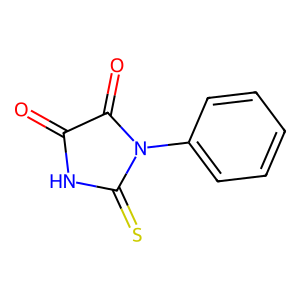
SMILES: O=C1NC(=S)N(c2ccccc2)C1=O
Inhibits HIV replication: No